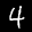
Label: 4